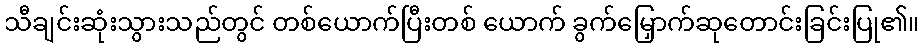
သီချင်းဆုံးသွားသည်တွင် တစ်ယောက်ပြီးတစ် ယောက် ခွက်မြှောက်ဆုတောင်းခြင်းပြု၏။